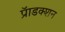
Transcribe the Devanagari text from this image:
प्रॅाडक्शन